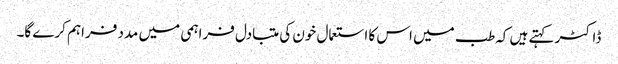
ڈاکٹر کہتے ہیں کہ طب میں اس کا استعمال خون کی متبادل فراہمی میں مدد فراہم کرے گا۔